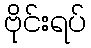
ဗိုင်းရပ်